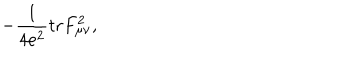
- \frac { 1 } { 4 e ^ { 2 } } \mathrm { t r } F _ { \mu \nu } ^ { 2 } ,